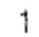
1